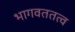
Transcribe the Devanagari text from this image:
भागवततत्व